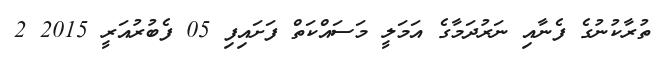
ތުރާކުނުގެ ފެނާއި ނަރުދަމާގެ އަމަލީ މަސައްކަތް ފަށައިފި 05 ފެބުރުއަރީ 2015 2